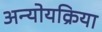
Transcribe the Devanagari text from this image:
अन्योयक्रिया